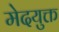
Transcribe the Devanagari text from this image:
मेदयुक्त